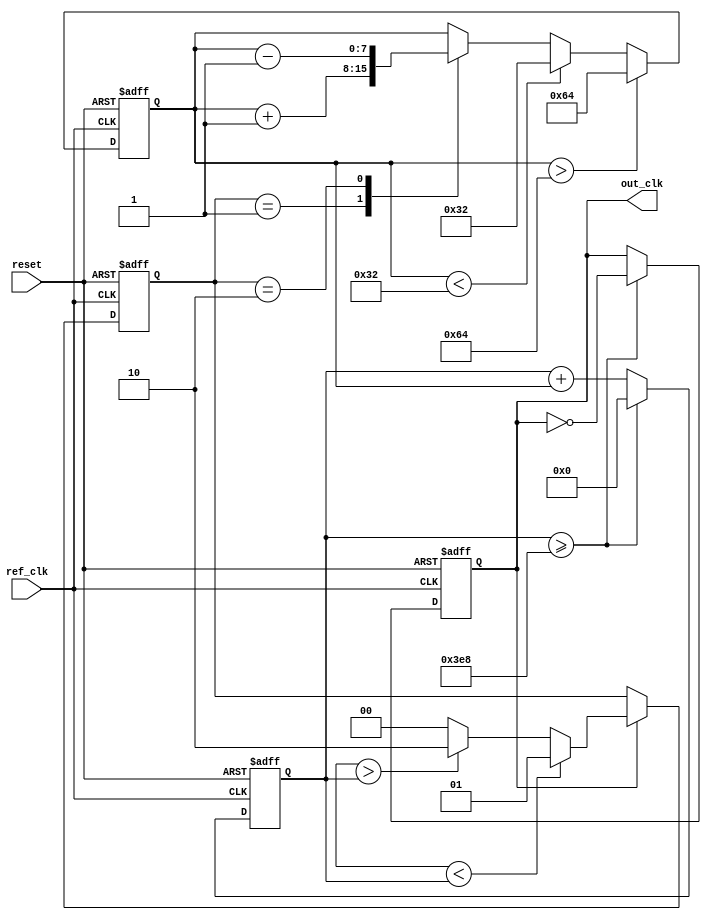
module PLL (
    input wire ref_clk,           // Input reference clock
    input wire reset,             // Reset signal
    output reg out_clk            // Output clock
);

    // Parameters
    parameter integer VCO_MAX_FREQ = 100;   // Adjust based on specific requirements
    parameter integer VCO_MIN_FREQ = 50;    // Adjust based on specific requirements
    parameter integer LOOP_FILTER_GAIN = 1; // Gain for the loop filter

    // Internal signals
    reg [1:0] phase_error;        // Phase error signal
    reg [7:0] control_voltage;     // Control voltage for VCO
    reg [31:0] vco_counter;        // Counter for VCO frequency
    reg [31:0] ref_counter;        // Counter for reference clock

    // Phase Detector
    always @(posedge ref_clk or posedge reset) begin
        if (reset) begin
            phase_error <= 2'b00; // Reset phase error
        end else begin
            // Compare phase of output clock with reference clock
            // This is a simplified phase comparison; in reality, it would be more complex
            if (out_clk) begin
                if (ref_counter < vco_counter) begin
                    phase_error <= 2'b01; // Output is lagging
                end else if (ref_counter > vco_counter) begin
                    phase_error <= 2'b10; // Output is leading
                end else begin
                    phase_error <= 2'b00; // In phase
                end
            end
        end
    end

    // Loop Filter
    always @(posedge ref_clk or posedge reset) begin
        if (reset) begin
            control_voltage <= 8'd128; // Initialize to mid-range
        end else begin
            // Simple proportional control
            case (phase_error)
                2'b01: control_voltage <= control_voltage + LOOP_FILTER_GAIN; // Lagging
                2'b10: control_voltage <= control_voltage - LOOP_FILTER_GAIN; // Leading
                default: control_voltage <= control_voltage; // No change
            endcase

            // Clamp control voltage to VCO limits
            if (control_voltage > VCO_MAX_FREQ) begin
                control_voltage <= VCO_MAX_FREQ;
            end else if (control_voltage < VCO_MIN_FREQ) begin
                control_voltage <= VCO_MIN_FREQ;
            end
        end
    end

    // Voltage-Controlled Oscillator (VCO)
    always @(posedge ref_clk or posedge reset) begin
        if (reset) begin
            vco_counter <= 0;
            out_clk <= 0; // Initialize output clock
        end else begin
            // Adjust VCO frequency based on control voltage
            vco_counter <= vco_counter + control_voltage;
            if (vco_counter >= 1000) begin // Scale to appropriate clock period
                out_clk <= ~out_clk; // Toggle output clock
                vco_counter <= 0; // Reset counter
            end
        end
    end

    // Feedback Path (Not explicitly implemented in this simplified version)
    // In a more detailed implementation, the feedback path would include a mechanism
    // to route a portion of out_clk back to the Phase Detector for comparison.

endmodule